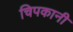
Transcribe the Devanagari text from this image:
चिपकानी